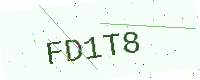
Text: FD1T8